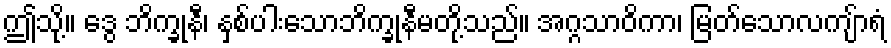
ဤသို့။ ဒွေ ဘိက္ခုနီ၊ နှစ်ပါးသောဘိက္ခုနီမတို့သည်။ အဂ္ဂသာဝိကာ၊ မြတ်သောလကျ်ာရံ